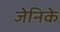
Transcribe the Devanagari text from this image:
जेनिके